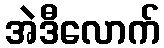
အဲဒီလောက်